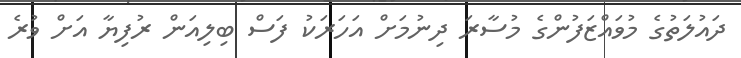
ދައުލަތުގެ މުވައްޒަފުންގެ މުސާރަ ދިނުމަށް އަހަރަކު ފަސް ބިލިއަން ރުފިޔާ އަށް ވުރެ